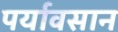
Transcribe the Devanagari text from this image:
पर्यावसान